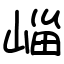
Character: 崰